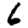
Digit: 6